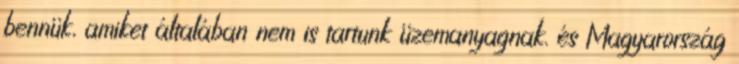
bennük, amiket általában nem is tartunk üzemanyagnak. és Magyarország